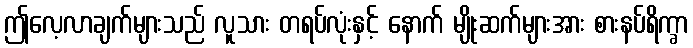
ဤလေ့လာချက်များသည် လူသား တရပ်လုံးနှင့် နောက် မျိုးဆက်များအား စားနပ်ရိက္ခာ